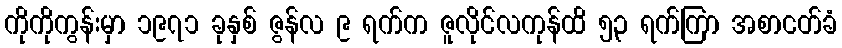
ကိုကိုကွန်းမှာ ၁၉၇၁ ခုနှစ် ဇွန်လ ၉ ရက်က ဇူလိုင်လကုန်ထိ ၅၃ ရက်ကြာ အစာငတ်ခံ